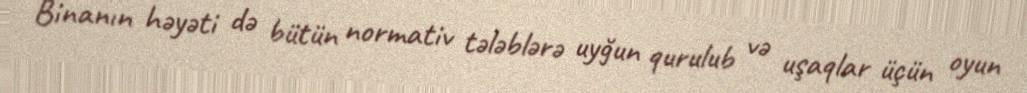
Binanın həyəti də bütün normativ tələblərə uyğun qurulub və uşaqlar üçün oyun